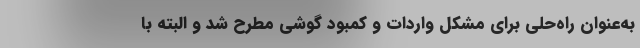
به‌عنوان راه‌حلی برای مشکل واردات و کمبود گوشی مطرح شد و البته با